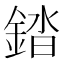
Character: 錔